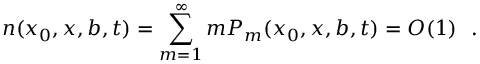
n ( x _ { 0 } , x , b , t ) = \sum _ { m = 1 } ^ { \infty } m P _ { m } ( x _ { 0 } , x , b , t ) = O ( 1 ) \ \ .